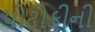
પોટોકીની